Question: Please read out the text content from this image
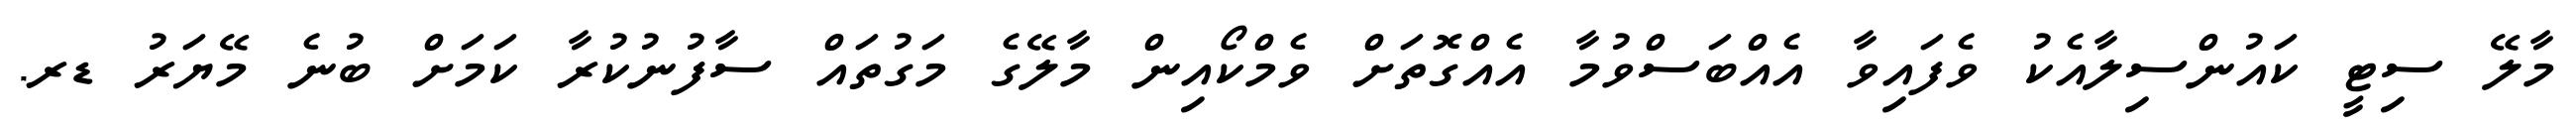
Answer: މާލޭ ސިޓީ ކައުންސިލާއެކު ވެފައިވާ އެއްބަސްވުމާ އެއްގޮތަށް ވެމްކޯއިން މާލޭގެ މަގުތައް ސާފުނުކުރާ ކަމަށް ބުނެ މޭޔަރު ޑރ.